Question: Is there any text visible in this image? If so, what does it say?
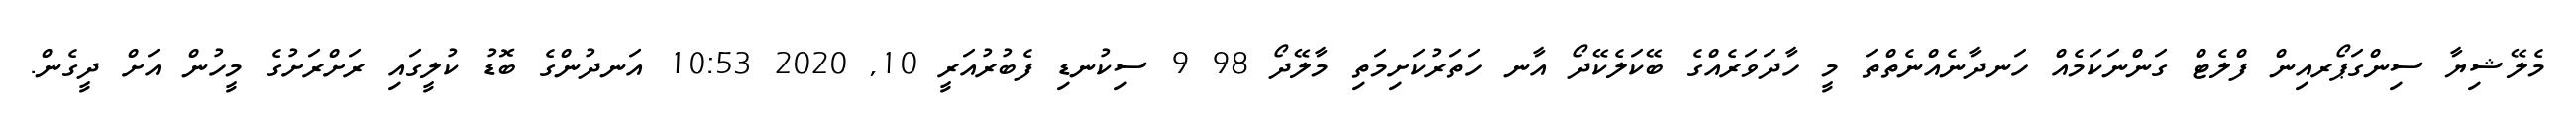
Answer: މެލޭޝިޔާ ސިންގަޕޯރއިން ފްލެޓް ގަންނަކަމެއް ހަނދާނެއްނެތްތަ މީ ހާދަވަރެއްގެ ބޭކަލެކޭދޯ އާނ ހަތަރުކަށިމަތި މާލޭދޯ 98 9 ސިކުނޑި ފެބުރުއަރީ 10, 2020 10:53 އަނދުންގެ ބޮޑު ކުލީގައި ރަށްރަށުގެ މީހުން އަށް ދީގެން.